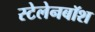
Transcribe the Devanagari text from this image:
स्टेलेनबॉश